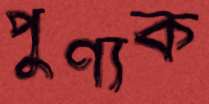
পুণ্যক